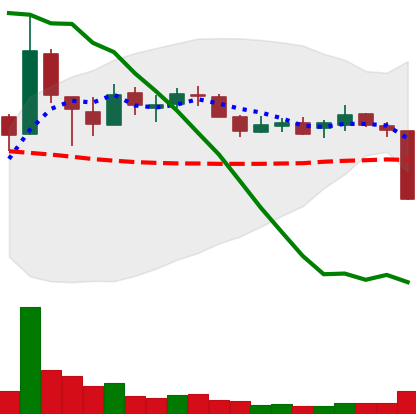
Ticker: XLM-USD
Chart end date: 2018-10-11
Forward return: 10.115%
Label: up_7plus